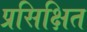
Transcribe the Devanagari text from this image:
प्रसिक्षित